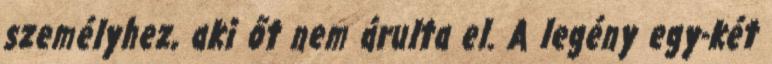
személyhez, aki őt nem árulta el. A legény egy-két